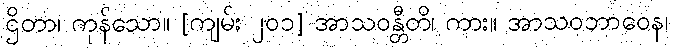
ဌိတာ၊ ကုန်သော။ [ကျမ်း ၂၀၁] အာသဝန္တီတိ၊ ကား။ အာသဝဘာဝေန၊